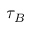
\tau _ { B }